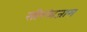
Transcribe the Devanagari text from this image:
सीरध्वजास